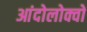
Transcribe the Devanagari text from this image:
आंदोलोक्वो